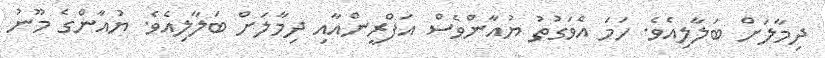
ދިމާލަށް ބަލާލިއެވެ. ހަމަ އެވަގުތު ޔުއާންވެސް އަފްރީންއާއި ދިމާލަށް ބަލާލިއެވެ. ޔުއާންގެ މޫނު